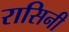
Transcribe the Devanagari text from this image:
रासिनी